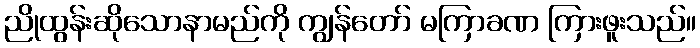
ညိုထွန်းဆိုသောနာမည်ကို ကျွန်တော် မကြာခဏ ကြားဖူးသည်။